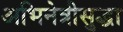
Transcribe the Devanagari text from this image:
अभिनेत्रीसुद्धा